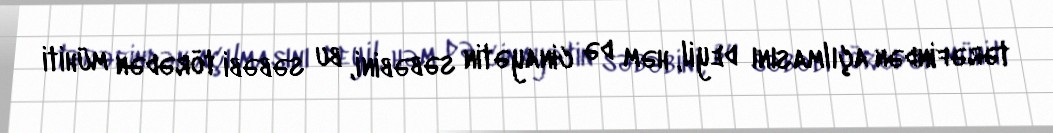
tərəfindən açılmasını deyil, həm də cinayətin səbəbini, bu səbəbi törədən mühiti